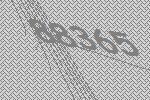
88365